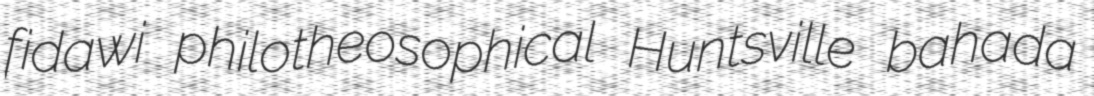
fidawi philotheosophical Huntsville bahada